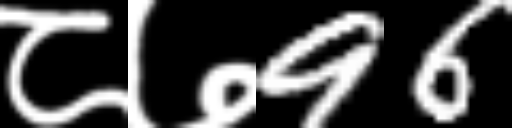
Text: ८७96